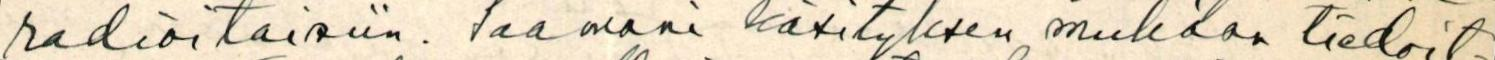
radioitaisiin. Saamani käsityksen mukaan tiedoit-